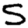
Digit: 5